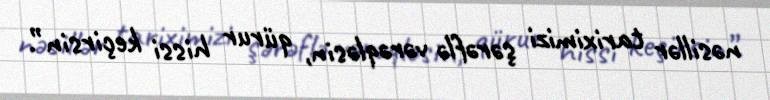
nəsillər tariximizi şərəflə vərəqləsin, qürur hissi keçirsin”.